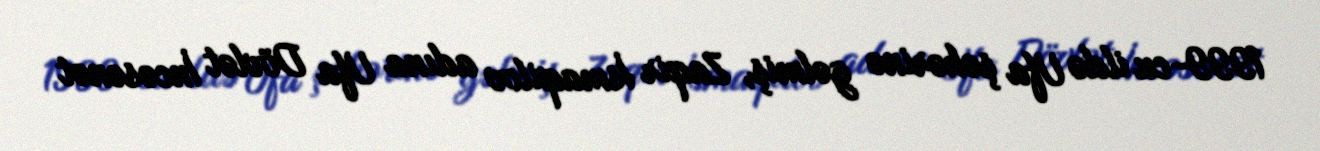
1999-cu ildə Ufa şəhərinə gəlmiş, Zaqir İsmaqilov adına Ufa Dövlət İncəsənət